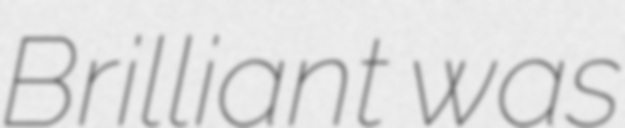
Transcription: Brilliant was